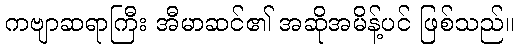
ကဗျာဆရာကြီး အီမာဆင်၏ အဆိုအမိန့်ပင် ဖြစ်သည်။